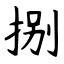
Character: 捌